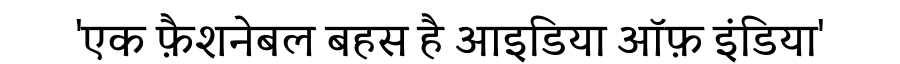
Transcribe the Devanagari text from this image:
'एक फ़ैशनेबल बहस है आइडिया ऑफ़ इंडिया'